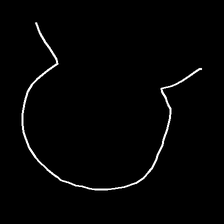
Glyph: weave